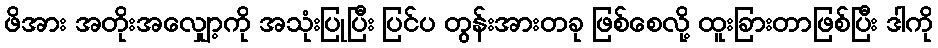
ဖိအား အတိုးအလျှော့ကို အသုံးပြုပြီး ပြင်ပ တွန်းအားတခု ဖြစ်စေလို့ ထူးခြားတာဖြစ်ပြီး ဒါကို